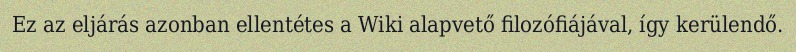
Ez az eljárás azonban ellentétes a Wiki alapvető filozófiájával, így kerülendő.